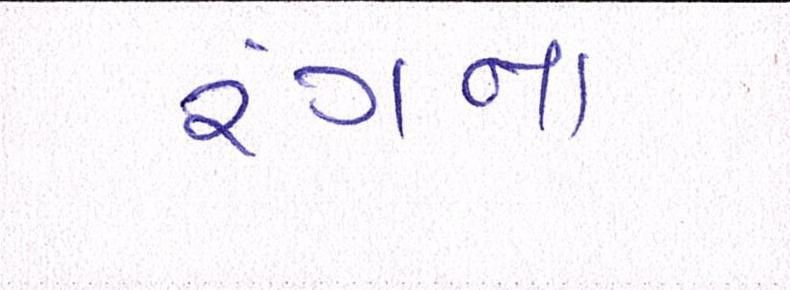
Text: રંગના